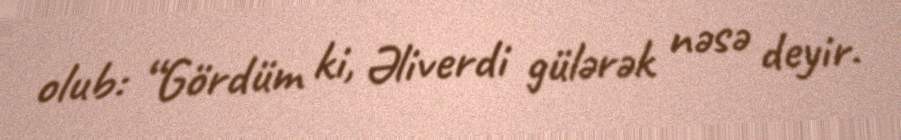
olub: “Gördüm ki, Əliverdi gülərək nəsə deyir.